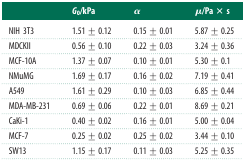
<table><thead><tr><td></td><td><b><i>G</i><sub>0</sub>/kPa</b></td><td><b><i>α</i></b></td><td><b><i>μ</i>/Pa × s</b></td></tr></thead><tbody><tr><td>NIH 3T3</td><td>1.51 ± 0.12</td><td>0.15 ± 0.01</td><td>5.87 ± 0.25</td></tr><tr><td>MDCKII</td><td>0.56 ± 0.10</td><td>0.22 ± 0.03</td><td>3.24 ± 0.36</td></tr><tr><td>MCF-10A</td><td>1.37 ± 0.07</td><td>0.10 ± 0.01</td><td>5.30 ± 0.1</td></tr><tr><td>NMuMG</td><td>1.69 ± 0.17</td><td>0.16 ± 0.02</td><td>7.19 ± 0.41</td></tr><tr><td>A549</td><td>1.61 ± 0.29</td><td>0.10 ± 0.03</td><td>6.85 ± 0.44</td></tr><tr><td>MDA-MB-231</td><td>0.69 ± 0.06</td><td>0.22 ± 0.01</td><td>8.69 ± 0.21</td></tr><tr><td>CaKi-1</td><td>0.40 ± 0.02</td><td>0.16 ± 0.01</td><td>5.00 ± 0.04</td></tr><tr><td>MCF-7</td><td>0.25 ± 0.02</td><td>0.25 ± 0.02</td><td>3.44 ± 0.10</td></tr><tr><td>SW13</td><td>1.15 ± 0.17</td><td>0.11 ± 0.03</td><td>5.25 ± 0.35</td></tr></tbody></table>